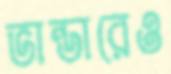
ভান্ডারেও